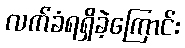
လက်ခံရရှိခဲ့ကြောင်း